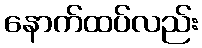
နောက်ထပ်လည်း